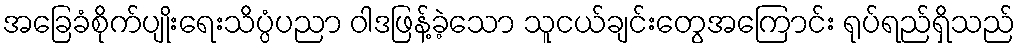
အခြေခံစိုက်ပျိုးရေးသိပ္ပံပညာ ဝါဒဖြန့်ခဲ့သော သူငယ်ချင်းတွေအကြောင်း ရုပ်ရည်ရှိသည်